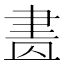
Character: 𦘕